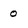
Character: 0